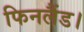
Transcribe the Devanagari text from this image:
फिनलैंड।